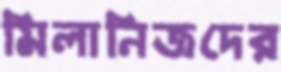
মিলানিজদের